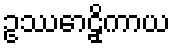
ဥဿောဠှိကာယ